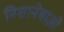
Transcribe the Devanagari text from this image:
निशानेबाज़ो